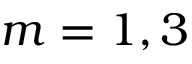
m = 1 , 3